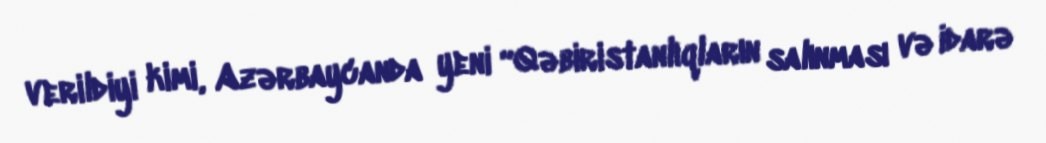
verildiyi kimi, Azərbaycanda yeni “Qəbiristanlıqların salınması və idarə